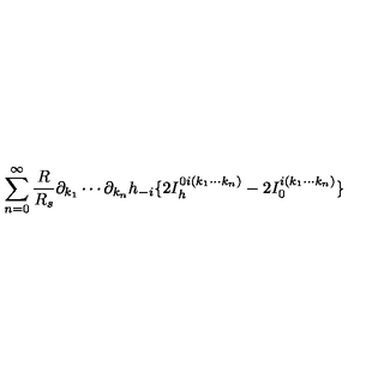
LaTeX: \sum _ { n = 0 } ^ { \infty } { \frac { R } { R _ { s } } } \partial _ { k _ { 1 } } \cdots \partial _ { k _ { n } } h _ { - i } \{ 2 I _ { h } ^ { 0 i ( k _ { 1 } \cdots k _ { n } ) } - 2 I _ { 0 } ^ { i ( k _ { 1 } \cdots k _ { n } ) } \}